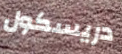
دريسكول